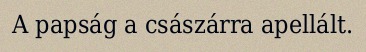
A papság a császárra apellált.